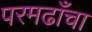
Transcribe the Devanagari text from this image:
परमढाँचा